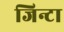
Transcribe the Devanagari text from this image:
जिन्टा